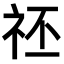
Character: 𥘻